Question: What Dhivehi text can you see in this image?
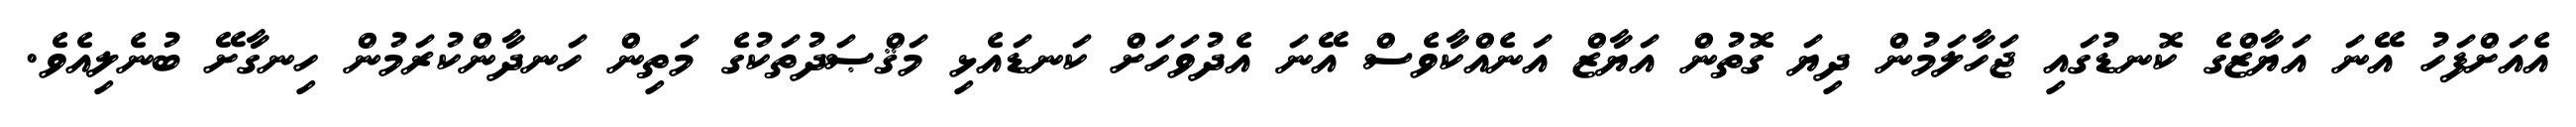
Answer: އެއަށްފަހު އޭނަ އަޔާޒްގެ ކޮނޑުގައި ޖަހާލަމުން ދިޔަ ގޮތުން އަޔާޒް އަނެއްކާވެސް އޭނަ އެދުވަހަށް ކަނޑައެޅި މަޤްޞަދުތަކުގެ މަތިން ހަނދާންކުރަމުން ހިނގާށޭ ބުނެލިއެވެ.